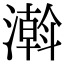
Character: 濣